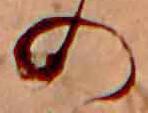
の